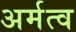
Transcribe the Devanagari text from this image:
अर्मत्व